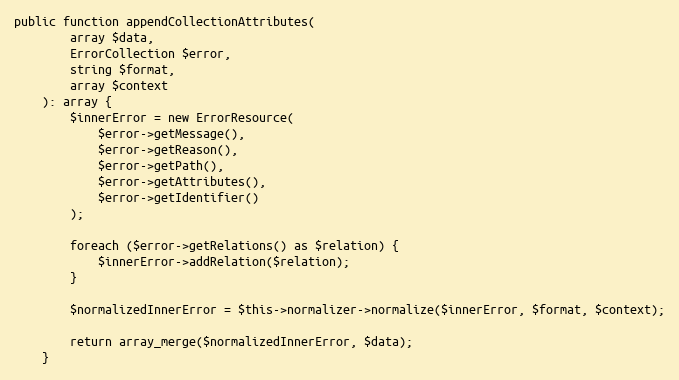
Language: PHP
public function appendCollectionAttributes(
        array $data,
        ErrorCollection $error,
        string $format,
        array $context
    ): array {
        $innerError = new ErrorResource(
            $error->getMessage(),
            $error->getReason(),
            $error->getPath(),
            $error->getAttributes(),
            $error->getIdentifier()
        );

        foreach ($error->getRelations() as $relation) {
            $innerError->addRelation($relation);
        }

        $normalizedInnerError = $this->normalizer->normalize($innerError, $format, $context);

        return array_merge($normalizedInnerError, $data);
    }